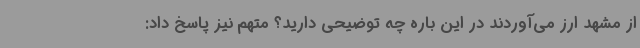
از مشهد ارز می‌آوردند در این باره چه توضیحی دارید؟ متهم نیز پاسخ داد: